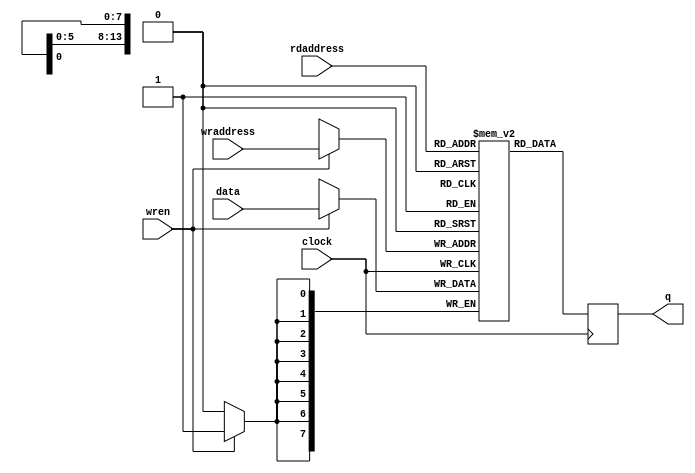
module res_ram( 
    output reg [7:0] q,
    input [7:0] data,
    input [13:0] rdaddress,wraddress,
    input wren, clock
);
	 // force M10K ram style
    reg [7:0] mem [16383:0]  /* synthesis ramstyle = "no_rw_check, M10K" */;
	 
    always @ (posedge clock) begin
        if (wren) begin
            mem[wraddress] <= data;
        end
        q <= mem[rdaddress]; // q doesn't get d in this clock cycle
    end
endmodule